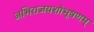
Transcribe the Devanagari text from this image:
अभिराजयशोभूषणम्